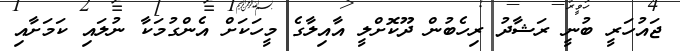
ޖައުހަރީ ބުނީ ރަޝާދު ރިހެބުން ދޫކޮށްލީ އާއިލާގެ މީހަކަށް އެންގުމަކާ ނުލައި ކަމަށާއި